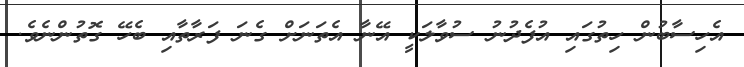
އެހިސާބުން ހިތުގައި އުފެދުނު ސުވާލަކީ އޭނާ އެތަނަށް ގެނަ ފަރާތާއި ބެހޭ ގޮތުންނެވެ.